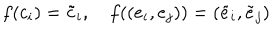
LaTeX: f ( c _ { i } ) = \tilde { c } _ { i } , \quad f ( ( e _ { i } , e _ { j } ) ) = ( \tilde { e } _ { i } , \tilde { e } _ { j } )